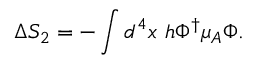
\Delta S _ { 2 } = - \int d ^ { 4 } x ~ h \Phi ^ { \dagger } \mu _ { A } \Phi .